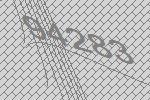
94283